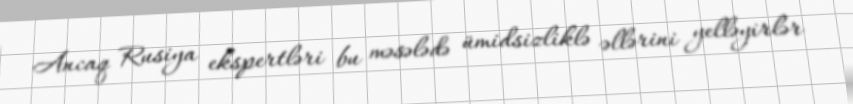
Ancaq Rusiya ekspertləri bu məsələdə ümidsizliklə əllərini yelləyirlər